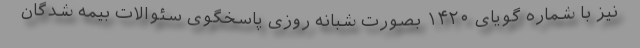
نیز با شماره گویای ۱۴۲۰ بصورت شبانه روزی پاسخگوی سئوالات بیمه شدگان